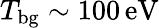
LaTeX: T_{\mathrm{bg}}\sim 100\, \mathrm{eV}